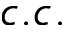
c . c .